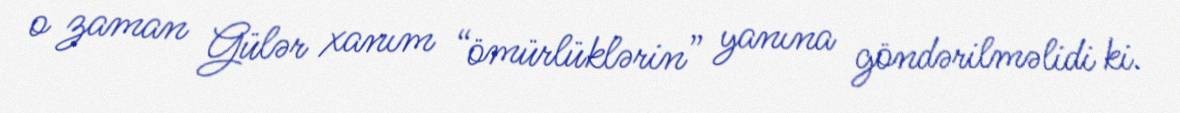
o zaman Gülər xanım “ömürlüklərin” yanına göndərilməlidi ki.